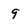
Character: 9